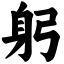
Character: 躬